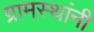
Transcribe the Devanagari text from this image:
ग्रामस्‍थांनी